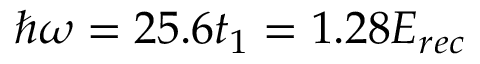
\hbar \omega = 2 5 . 6 t _ { 1 } = 1 . 2 8 E _ { r e c }